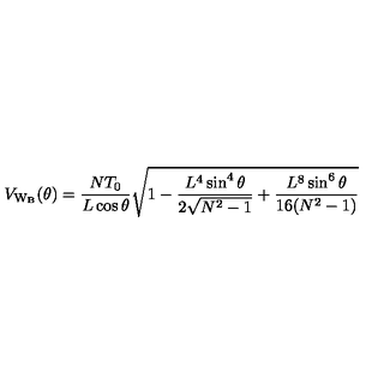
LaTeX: V _ { \mathrm { W _ { B } } } ( \theta ) = \frac { N T _ { 0 } } { L \cos { \theta } } \sqrt { 1 - \frac { L ^ { 4 } \sin ^ { 4 } { \theta } } { 2 \sqrt { N ^ { 2 } - 1 } } + \frac { L ^ { 8 } \sin ^ { 6 } { \theta } } { 1 6 ( N ^ { 2 } - 1 ) } }